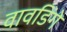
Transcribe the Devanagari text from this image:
वावडिंगे